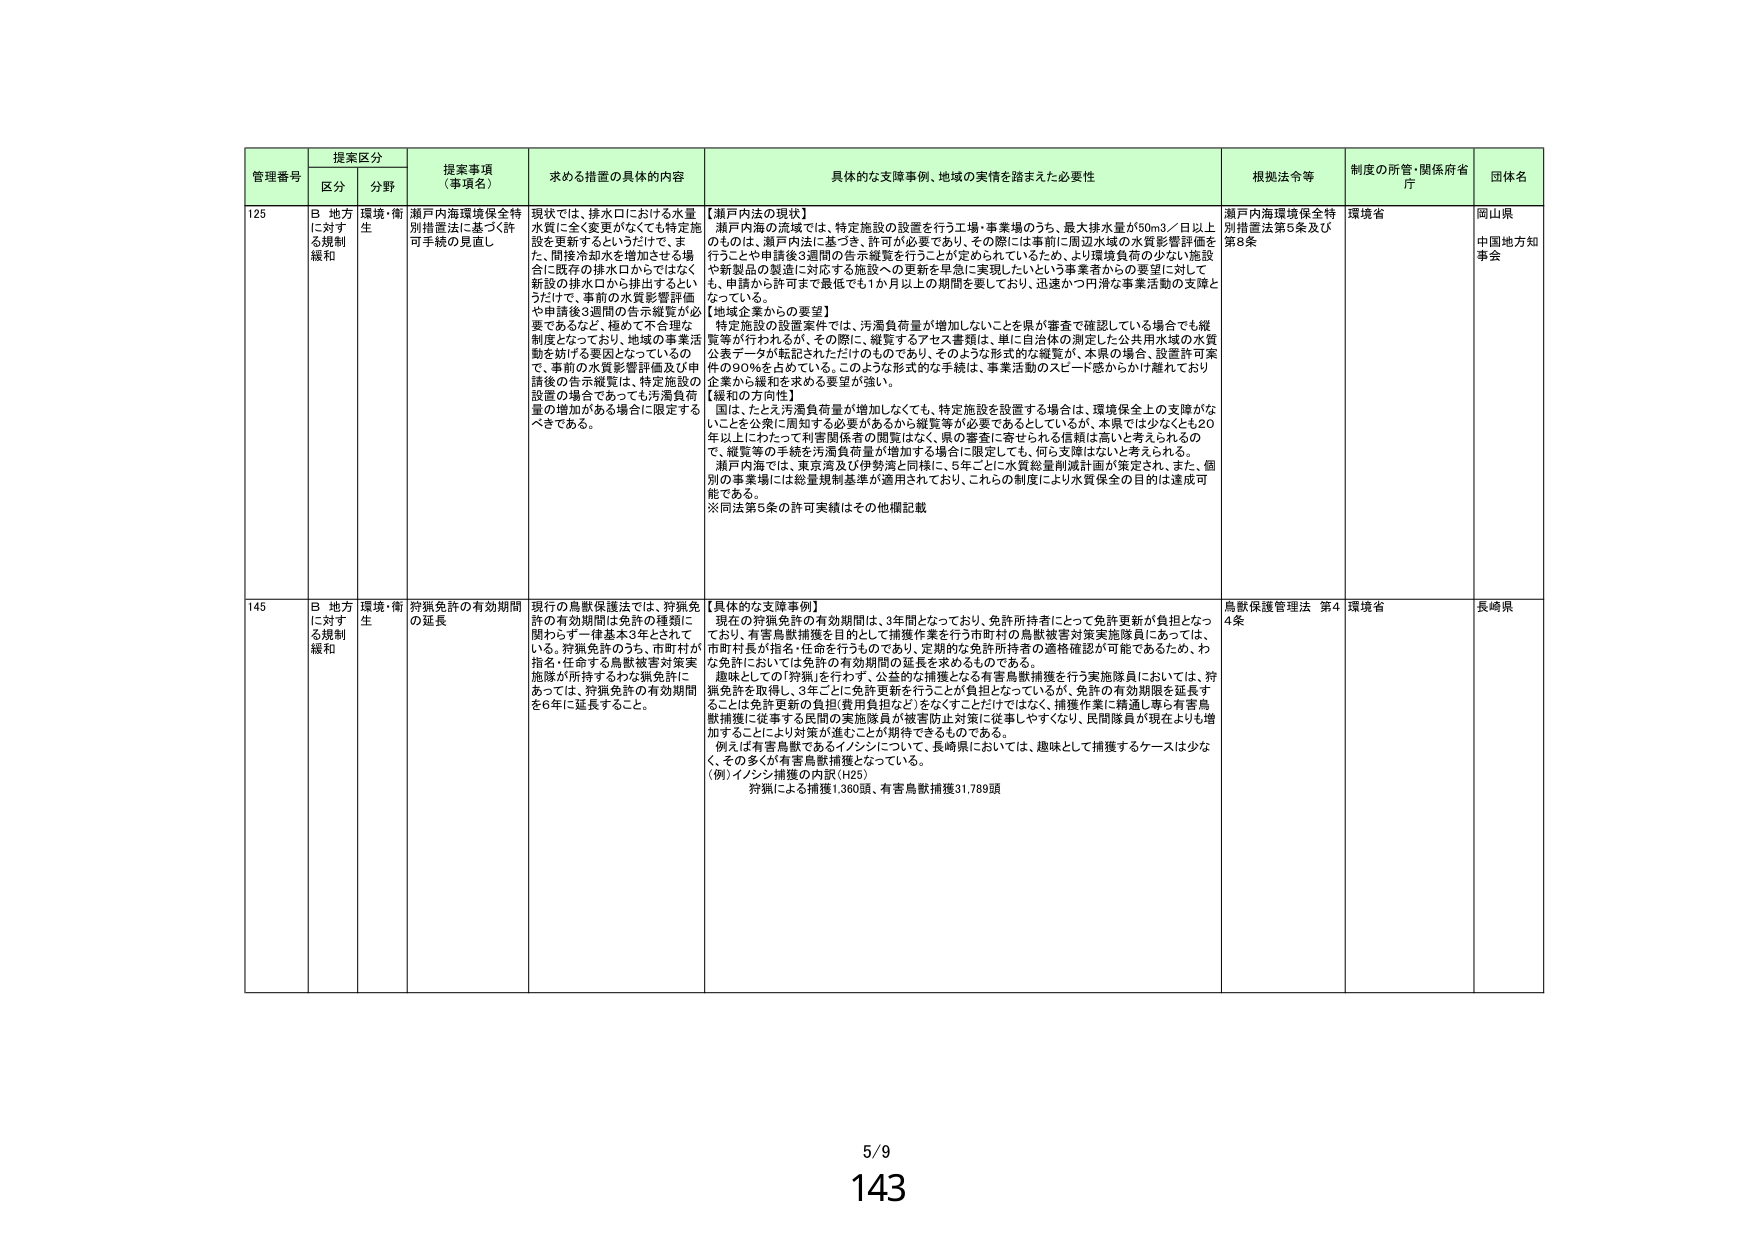
管理番号 提案区分 提案事項（事項名） 求める措置の具体的内容 具体的な支障事例、地域の実情を踏まえた必要性 根拠法令等 制度の所管・関係府省庁 団体名
区分 分野
125 B 地方に対する規制緩和 環境・衛生 瀬戸内海環境保全特別措置法に基づく許可手続の見直し 現状では、排水口における水量水質は全く変更がなくても特定施設を更新するというだけで、また、間接冷却水を増加させる場合に既存の排水口からではなく新設の排水口から排出するというだけで、事前の水質影響評価や申請後3週間の告示縦覧が必要であるなど、極めて不合理的制度となっており、地域の事業活動を妨げる要因となっているので、事前の水質影響評価及び申請後の告示縦覧は、特定施設の設置の場合であっても汚濁負荷量の増加がある場合に限定するべきである。 【瀬戸内法の現状】 瀬戸内海の流域では、特定施設の設置を行う工場・事業場のうち、最大排水量が50m3／日以上のものは、瀬戸内法に基づき、許可が必要であり、その際には事前に周辺水域の水質影響評価を行うことや申請後3週間の告示縦覧を行うことが定められているため、より環境負荷の少ない施設や新製品の製造に対応する施設への更新を早急に実現したいという事業者からの要望に対しては、申請から許可まで最低でも1か月以上の期間を要しており、迅速かつ円滑な事業活動の支障となっている。 【地域企業からの要望】 特定施設の設置案件では、汚濁負荷量が増加しないことを県が審査で確認している場合でも縦覧等が行われるが、その際に、縦覧するアセス書類は、単に自治体の測定した公共用水域の水質公表データが転記されただけのものであり、そのような形式的な縦覧が、本県の場合、設置許可案件の90％を占めている。このような形式的な手続は、事業活動のスピード感からかけ離れており企業から緩和を求める要望が強い。 【緩和の方向性】 国は、たとえ汚濁負荷量が増加しなくても、特定施設を設置する場合は、環境保全上の支障がないことを公衆に周知する必要があるから縦覧等が必要であるとしているが、本県では少なくとも20年以上にわたって利害関係者の閲覧はなく、県の審査に寄せられる信頼は高いと考えられるので、縦覧等の手続を汚濁負荷量が増加する場合に限定しても、何ら支障はないと考えられる。 瀬戸内海では、東京湾及び伊勢湾と同様に、5年ごとに水質総量削減計画が策定され、また、個別の事業場には総量規制基準が適用されており、これらの制度により水質保全の目的は達成可能である。 ※同法第5条の許可実績はその他欄記載 瀬戸内海環境保全特別措置法第5条及び第8条 環境省 岡山県 中国地方知事会
145 B 地方に対する規制緩和 環境・衛生 狩猟免許の有効期間の延長 現行の鳥獣保護法では、狩猟免許の有効期間は免許の種類に関わらず一律基本3年とされている。狩猟免許のうち、市町村が指名・任命する鳥獣被害対策実施隊が所持するわな猟免許にあっては、狩猟免許の有効期間を6年に延長すること。 【具体的な支障事例】 現在の狩猟免許の有効期間は、3年間となっており、免許所持者にとって免許更新が負担となっており、有害鳥獣捕獲を目的として捕獲作業を行う市町村の鳥獣被害対策実施隊員にあっては、市町村長が指名・任命を行うものであり、定期的な免許所持者の適格確認が可能であるため、わな免許においては免許の有効期間の延長を求めるものである。 趣味としての「狩猟」を行わず、公益的な捕獲となる有害鳥獣捕獲を行う実施隊員においては、狩猟免許を取得し、3年ごとに免許更新を行うことが負担となっているが、免許の有効期限を延長することは免許更新の負担(費用負担など)をなくすことだけではなく、捕獲作業に精通し専ら有害鳥獣捕獲に従事する民間の実施隊員が被害防止対策に従事しやすくなり、民間隊員が現在よりも増加することにより対策が進むことが期待できるものである。 例えば有害鳥獣であるイノシシについて、長崎県においては、趣味として捕獲するケースは少なく、その多くが有害鳥獣捕獲となっている。 （例）イノシシ捕獲の内訳（H25） 狩猟による捕獲1,360頭、有害鳥獣捕獲31,789頭 鳥獣保護管理法 第44条 環境省 長崎県
5/9
143